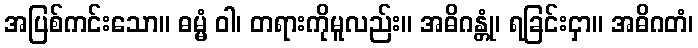
အပြစ်ကင်းသော။ ဓမ္မံ ဝါ၊ တရားကိုမူလည်း။ အဓိဂန္တုံ၊ ရခြင်းငှာ။ အဓိဂတံ၊